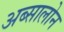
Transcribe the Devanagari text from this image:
अब्सालोन